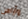
وأراهن